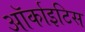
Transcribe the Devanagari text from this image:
ऑर्काइटिस